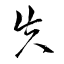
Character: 失